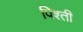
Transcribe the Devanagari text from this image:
पिश्ती